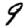
Digit: 9